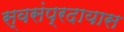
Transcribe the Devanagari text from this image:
स्वसंप्रदायास